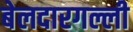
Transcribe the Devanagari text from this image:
बेलदारगल्ली